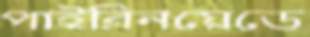
পাইরিনয়েডে